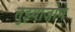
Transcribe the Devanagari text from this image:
तुझ्याजोगे